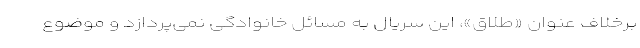
برخلاف عنوان «طلاق»، این سریال به مسائل خانوادگی نمی‌‌پردازد و موضوع